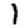
Digit: 1